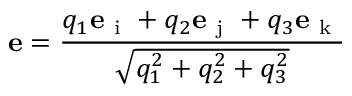
\displaystyle { \mathbf e } = \frac { q _ { 1 } { \mathbf e } _ { \mathrm { ~ i ~ } } + q _ { 2 } { \mathbf e } _ { \mathrm { ~ j ~ } } + q _ { 3 } { \mathbf e } _ { \mathrm { ~ k ~ } } } { \sqrt { q _ { 1 } ^ { 2 } + q _ { 2 } ^ { 2 } + q _ { 3 } ^ { 2 } } }